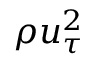
\rho u _ { \tau } ^ { 2 }